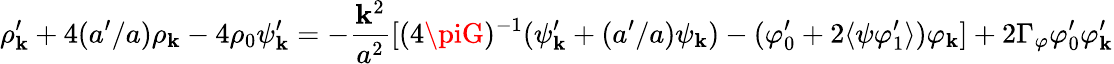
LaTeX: \rho_{\mathbf{k}}^{\prime}+4(a^{\prime}/a)\rho_{\mathbf{k}}-4\rho_{0}\psi_{\mathbf{k}}^{\prime}=-\frac{{\mathbf{k}^{2}}}{{a^{2}}}\lbrack(4\piG)^{-1}(\psi_{\mathbf{k}}^{\prime}+(a^{\prime}/a)\psi_{\mathbf{k}})-(\varphi_{0}^{\prime}+2\langle\psi\varphi_{1}^{\prime}\rangle)\varphi_{\mathbf{k}}\rbrack+2\Gamma_{\varphi}\varphi_{0}^{\prime}\varphi_{\mathbf{k}}^{\prime}